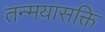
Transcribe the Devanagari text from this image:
तन्मयासक्ति